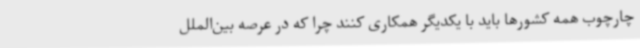
چارچوب همه کشورها باید با یکدیگر همکاری کنند چرا که در عرصه بین‌الملل